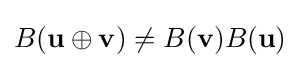
B(\mathbf {u} \oplus \mathbf {v} )\neq B(\mathbf {v} )B(\mathbf {u} )